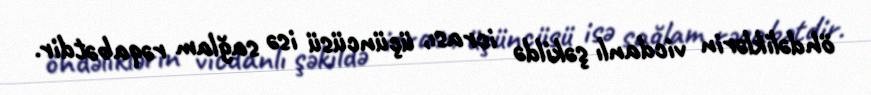
öhdəliklərin vicdanlı şəkildə icrası, üçüncüsü isə sağlam rəqabətdir.